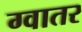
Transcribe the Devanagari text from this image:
ग्वातर